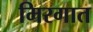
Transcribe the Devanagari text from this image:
मिरगात